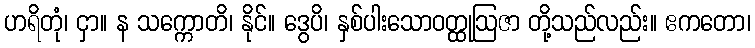
ဟရိတုံ၊ ငှာ။ န သက္ကောတိ၊ နိုင်။ ဒွေပိ၊ နှစ်ပါးသောဝတ္ထုဩဇာ တို့သည်လည်း။ ဧကတော၊